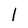
Character: 1